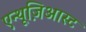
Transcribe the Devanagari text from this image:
एन्थूज़िआस्ट